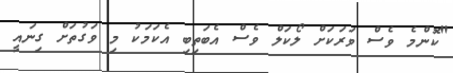
"ކޮންމެ ވެސް ވަރަކަށް ލޯކަލް ވެސް އެބަތިބި އެކަމަކު މި ވަގުތަށް ގިނައީ